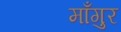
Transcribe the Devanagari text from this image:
माँगुर